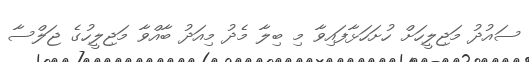
ސައުދު މަޖިލީހަށް ހުށަހަޅާފައިވާ މި ބިލާ މެދު މިއަދު ބާއްވާ މަޖިލީހުގެ ޖަލްސާ